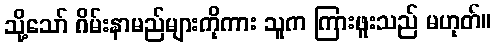
သို့သော် ဂိမ်းနာမည်များကိုကား သူက ကြားဖူးသည် မဟုတ်။